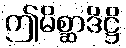
ဤမိစ္ဆာဒိဋ္ဌိ